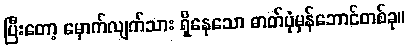
ပြီးတော့ မှောက်လျက်သား ရှိနေသော ဓာတ်ပုံမှန်ဘောင်တစ်ခု။